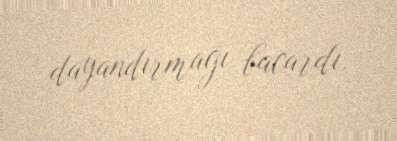
dayandırmağı bacardı.